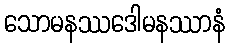
သောမနဿဒေါမနဿာနံ